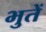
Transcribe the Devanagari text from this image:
भुतें